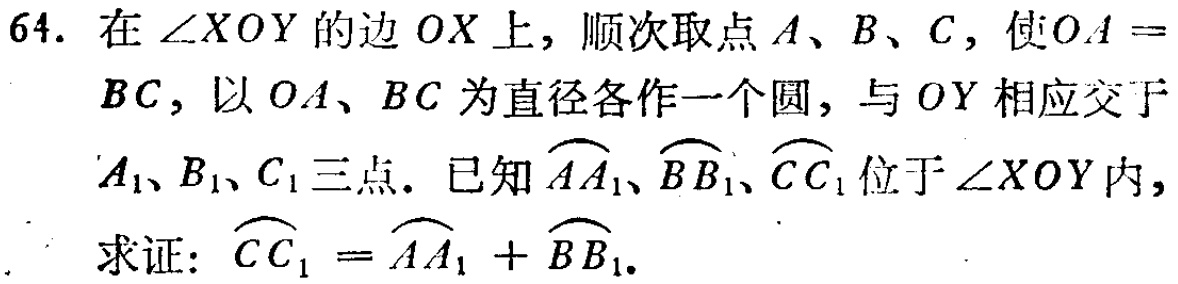
64. 在\(\angle XOY\)的边\(OX\)上，顺次取点\(A\)、\(B\)、\(C\)，使\(OA = BC\)，以\(OA\)、\(BC\)为直径各作一个圆，与\(OY\)相应交于\(A_1\)、\(B_1\)、\(C_1\)三点。已知\(\overset{\frown}{AA_1}\)、\(\overset{\frown}{BB_1}\)、\(\overset{\frown}{CC_1}\)位于\(\angle XOY\)内，求证：\(\overset{\frown}{CC_1} = \overset{\frown}{AA_1} + \overset{\frown}{BB_1}\)。